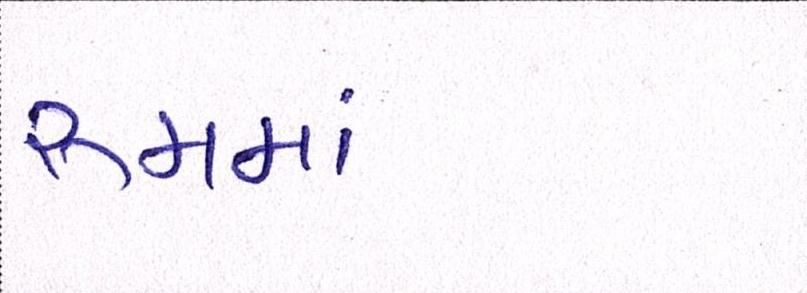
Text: રૂમમાં